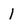
Character: l